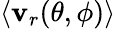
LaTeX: \left<\mathbf{v}_{r}(\theta,\phi)\right>